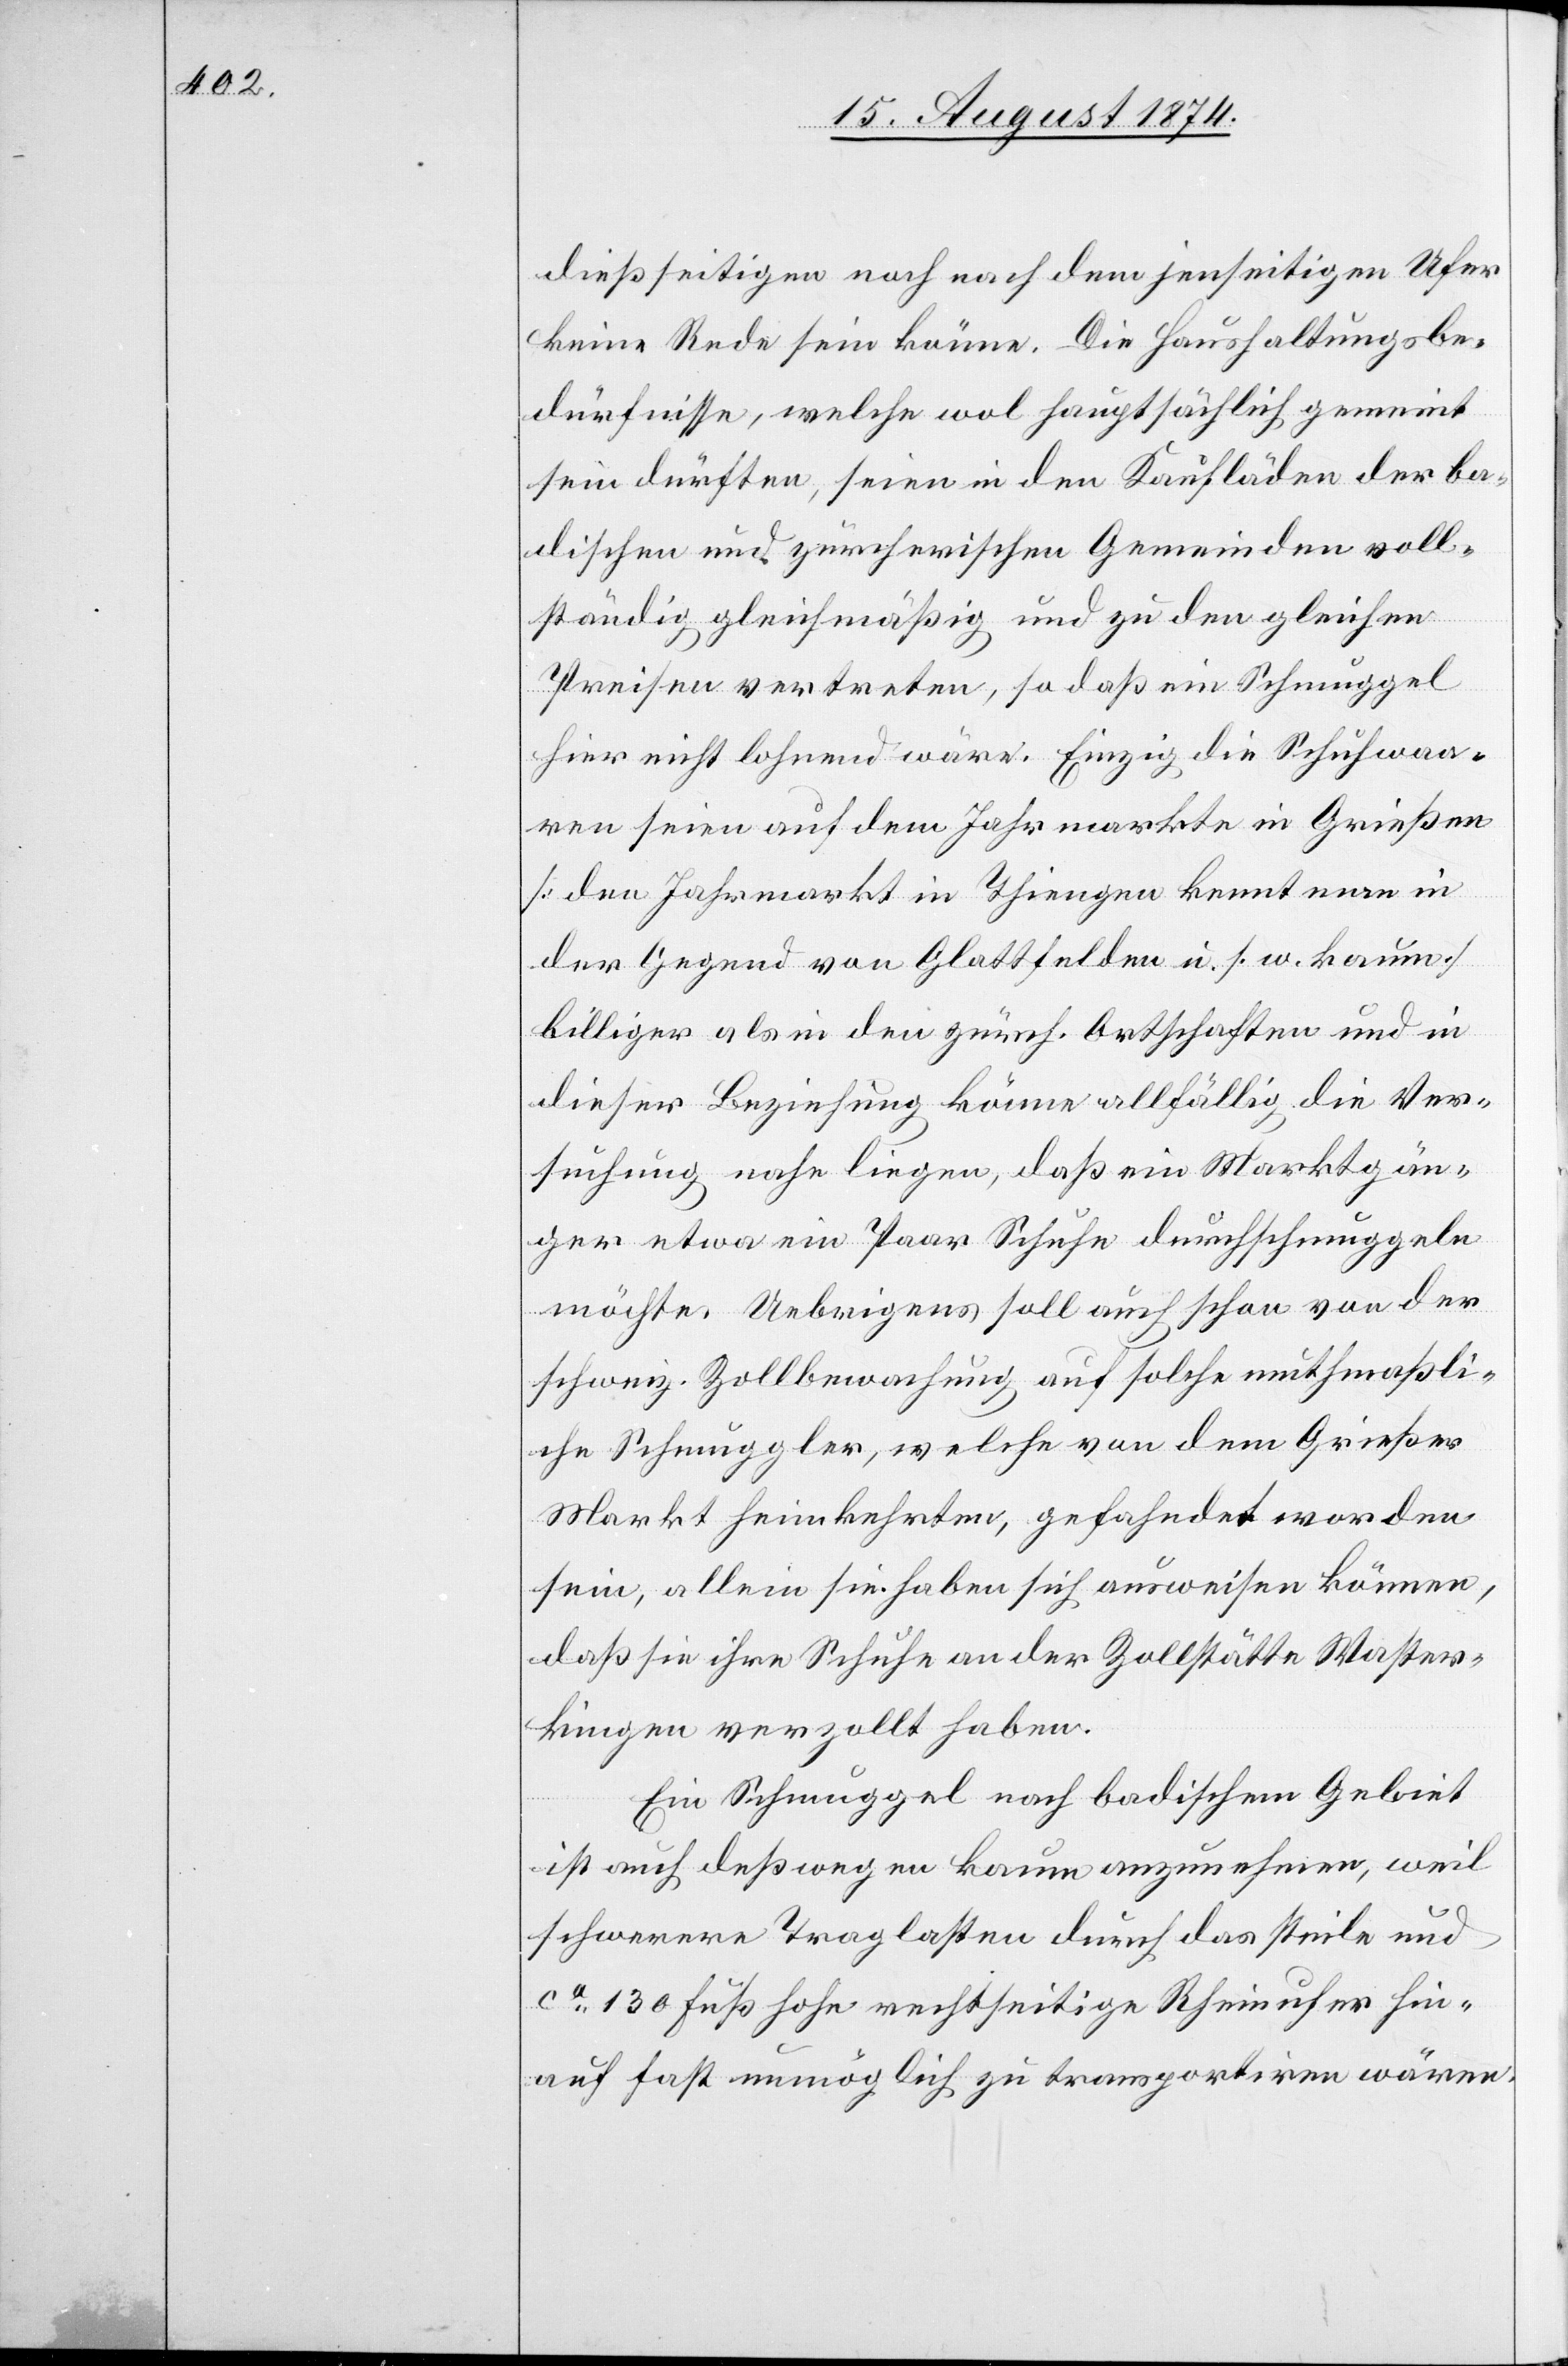
dießseitigen noch nach dem jenseitigen Ufer
keine Rede sein könne. Die Haushaltungsbe¬
dürfnisse, welche wol hauptsächlich gemeint
sein dürften, seien in den Kaufläden der ba¬
dischen und zürcherischen Gemeinden voll¬
ständig gleichmäßig und zu den gleichen
Preisen vertreten, so daß ein Schmuggel
hier nicht lohnend wäre. Einzig die Schuhwaa¬
ren seien auf dem Jahrmarkte in Grießen
[den Jahrmarkt in Thiengen kennt man in
der Gegend von Glattfelden u. s. w. kaum]
billiger als in den zürch. Ortschaften und in
dieser Beziehung könne allfällig die Ver¬
suchung nahe liegen, daß ein Marktgän¬
ger etwa ein Paar Schuhe durchschmuggeln
möchte. Uebrigens soll auch schon von der
schweiz. Zollbewachung auf solche mutmaßli¬
chen Schmuggler, welche von dem Grießer
Markt heimkehrten, gefahndet worden
sein, allein sie haben sich ausweisen können,
daß sie ihre Schuhe an der Zollstätte Waster¬
kingen verzollt haben.
Ein Schmuggel nach badischem Gebiet
ist auch deßwegen kaum anzunehmen, weil
schwerere Traglasten durch das steile und
ca 130 Fuß hohe rechtseitige Rheinufer hin¬
auf fast unmöglich zu transportiren wären.